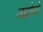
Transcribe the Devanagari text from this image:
उद्दोगों